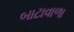
બાટાવાળા